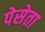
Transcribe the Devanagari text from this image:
पेसेता